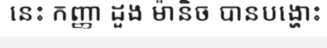
នេះ កញ្ញា ដួង ម៉ានិច បានបង្ហោះ